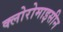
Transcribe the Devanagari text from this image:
क्लोरोमाइसीन